Report of the veterinary officer investigating camel disease
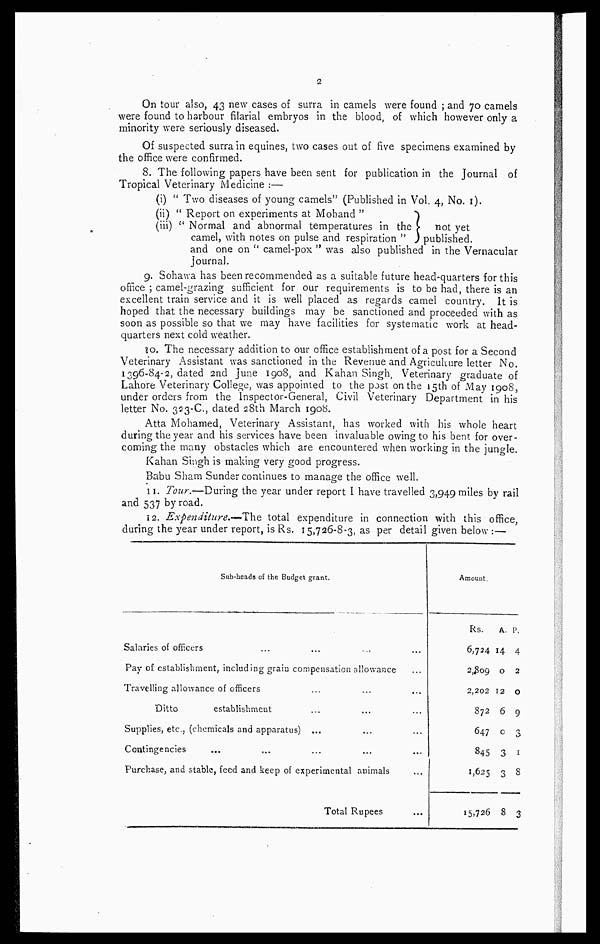
2
On tour also, 43 new cases of surra in camels were found ; and 70 camels
were found to harbour filarial embryos in the blood, of which however only a
minority were seriously diseased.
Of suspected surra in equines, two cases out of five specimens examined by
the office were confirmed.
8. The following papers have been sent for publication in the Journal of
Tropical Veterinary Medicine :—
(i) " Two diseases of young camels" (Published in Vol. 4, No. l).
(ii) " Report on experiments at Mohand "
(iii) " Normal and abnormal temperatures in the
not yet
camel, with notes on pulse and respiration "
published.
and one on " camel-pox " was also published in the Vernacular
journal.
9. Sohawa has been recommended as a suitable future head-quarters for this
office ; camel-grazing sufficient for our requirements is to be had, there is an
excellent train service and it is well placed as regards camel country. It is
hoped that the necessary buildings may be sanctioned and proceeded with as
soon as possible so that we may have facilities for systematic work at head-
quarters next cold weather.
30. The necessary addition to our office establishment of a post for a Second
Veterinary Assistant was sanctioned in the Revenue and Agriculture letter No.
1396-84-2, dated 2nd June 1908, and Kahan Singh, Veterinary graduate of
Lahore Veterinary College, was appointed to the post on the 15th of May 1908,
under orders from the Inspector-General, Civil Veterinary Department in his
letter No. 323-C., dated 28th March 1908.
Atta Mohamed, Veterinary Assistant, has worked with his whole heart
during the year and his services have been invaluable owing to his bent for over-
coming the many obstacles which are encountered when working in the jungle.
Kahan Singh is making very good progress.
Babu Sham Sunder continues to manage the office well.
11. Tour.—During the year under report I have travelled 3,949 miles by rail
and 537 by road.
12. Expenditure.-—Tht total expenditure in connection with this office,
during the year under report, is Rs. 15,726-8-3, as per detail given below :—
Sub-heads of the Budget grant.
Salaries of officers
Pay of establishment, including grain compensation allowance
Travelling allowance of officers
Ditto
establishment
Supplies, etc., (chemicals and apparatus)
Contingencies
Purchase, and stable, feed and keep of experimental animals
Total Rupees
Amount.
Rs.
6,724
2,809
2,202
872
647
845
1,625
15,726
A..
14
0
12
6
0
3
3
8
p.
4
2
0
9
3
1
8
3